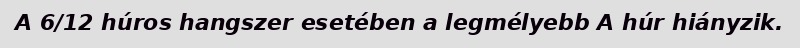
A 6/12 húros hangszer esetében a legmélyebb A húr hiányzik.